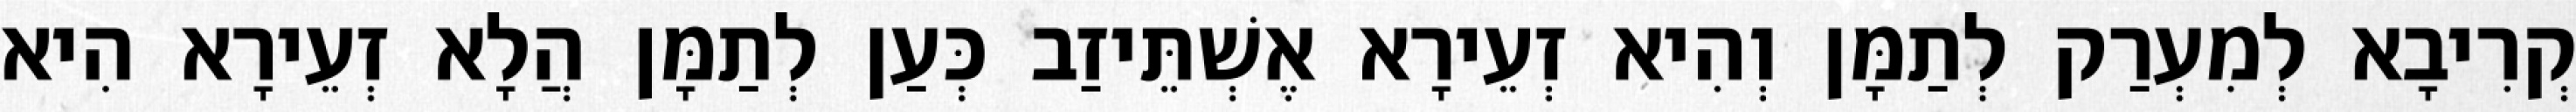
קְרִיבָא לְמִעְרַק לְתַמָּן וְהִיא זְעֵירָא אֶשְׁתֵּיזַב כְּעַן לְתַמָּן הֲלָא זְעֵירָא הִיא